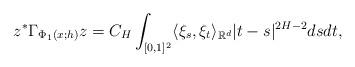
LaTeX: \begin{align*}z^{*}\Gamma_{\Phi_{1}(x;h)}z=C_{H}\int_{[0,1]^{2}}\langle\xi_{s},\xi_{t}\rangle_{\mathbb{R}^{d}}|t-s|^{2H-2}dsdt,\end{align*}